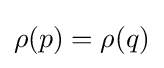
\rho (p)=\rho (q)